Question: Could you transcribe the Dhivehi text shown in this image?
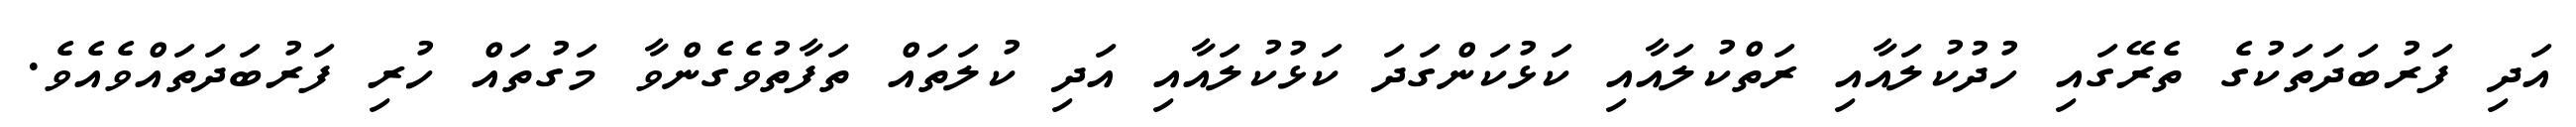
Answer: އަދި ފަރުބަދަތަކުގެ ތެރޭގައި ހުދުކުލައާއި ރަތްކުލައާއި ކަޅުކަންގަދަ ކަޅުކުލައާއި އަދި ކުލަތައް ތަފާތުވެގެންވާ މަގުތައް ހުރި ފަރުބަދަތައްވެއެވެ.